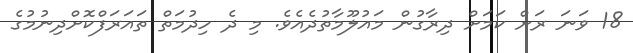
18 ވަނަ ރަށް ކަމަށް ދިރާގުން މައުލޫމާތުދެއެވެ. މި ދެ ހިދުމަތް ތައަރަފްކޮށްދިނުމުގެ